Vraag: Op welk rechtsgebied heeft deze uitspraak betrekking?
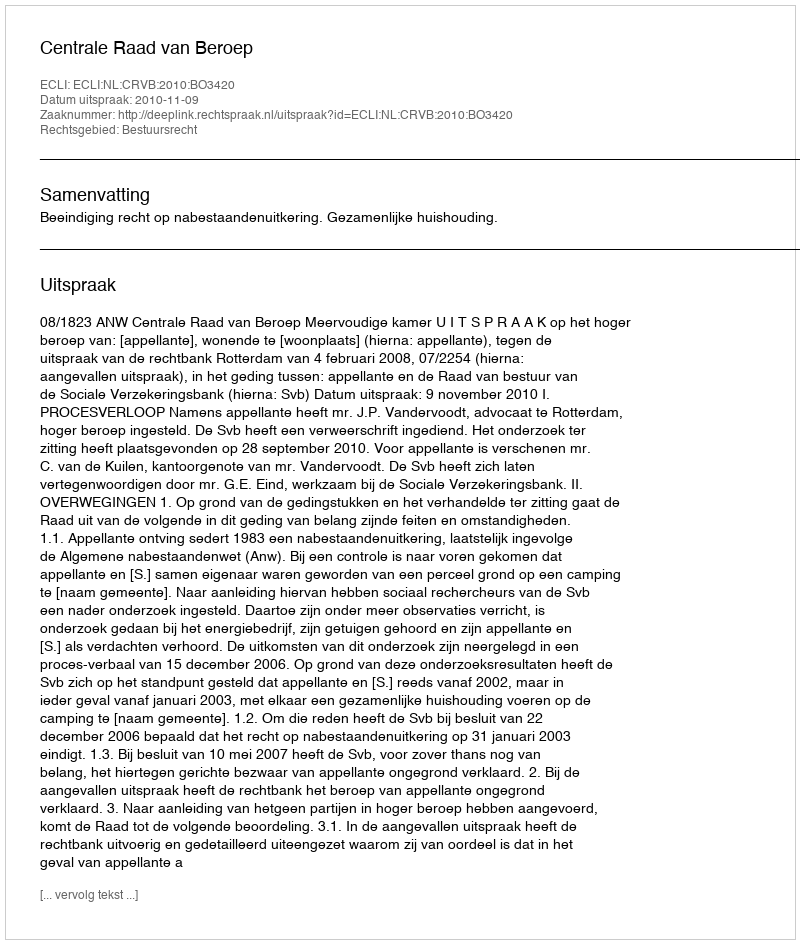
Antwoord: Bestuursrecht